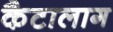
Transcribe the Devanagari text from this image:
कैटालाग